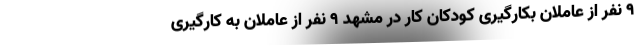
۹ نفر از عاملان بکارگیری کودکان کار در مشهد ۹ نفر از عاملان به کارگیری